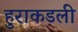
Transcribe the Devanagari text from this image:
हुराकडली